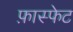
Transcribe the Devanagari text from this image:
फ़ास्फेट